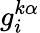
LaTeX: g_{i}^{k\alpha}